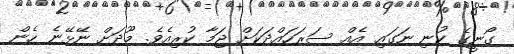
ގޯނީގެ ކުނި ނަގައި އެއް ސަރަހައްދަކަށް ޖަމާ ކުރިއެވެ. މޫދަށް ނޭޅޭނެ ހެން